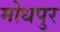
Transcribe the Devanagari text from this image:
मोधपुर